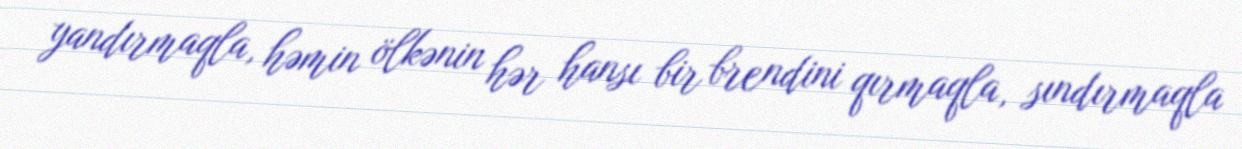
yandırmaqla, həmin ölkənin hər hansı bir brendini qırmaqla, sındırmaqla